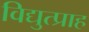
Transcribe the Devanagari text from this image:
विद्युत्प्राह